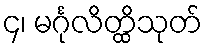
၄၊ မင်္ဂုလိတ္ထိသုတ်